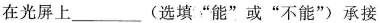
在光屏上___(选填”能”或”不能”)承接